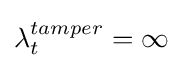
\lambda _{t}^{tamper}=\infty